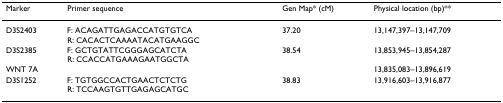
<table><thead><tr><td><b>Marker</b></td><td><b>Primer sequence</b></td><td><b>Gen Map* (cM)</b></td><td><b>Physical location (bp)**</b></td></tr></thead><tbody><tr><td>D3S2403</td><td>F: ACAGATTGAGACCATGTGTCAR: CACACTCAAAATACATGAAGGC</td><td>37.20</td><td>13,147,397–13,147,709</td></tr><tr><td>D3S2385</td><td>F: GCTGTATTCGGGAGCATCTAR: CCACCATGAAAGAATGGCTA</td><td>38.54</td><td>13,853,945–13,854,287</td></tr><tr><td>WNT 7A</td><td></td><td></td><td>13,835,083–13,896,619</td></tr><tr><td>D3S1252</td><td>F: TGTGGCCACTGAACTCTCTGR: TCCAAGTGTTGAGAGCATGC</td><td>38.83</td><td>13,916,603–13,916,877</td></tr></tbody></table>